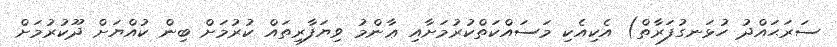
ސަރަޙައްދު ހުޅަނގުފަރާތް) އެކިއެކި މަސައްކަތްކުރުމަށާއި ޢާންމު ވިޔަފާރިތައް ކުރުމަށް ބިން ކުއްޔަށް ދޫކުރުމަށް